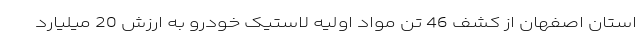
استان اصفهان از کشف 46 تُن مواد اولیه لاستیک خودرو به ارزش 20 میلیارد